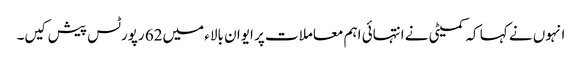
انہوں نے کہا کہ کمیٹی نے انتہائی اہم معاملات پر ایوان بالاء میں62 رپورٹس پیش کیں۔